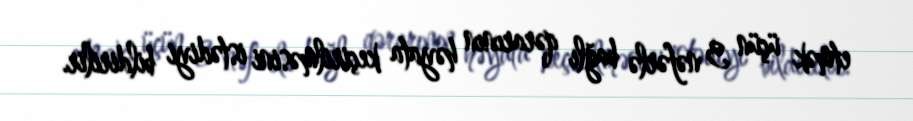
etmək üçün 3 nəfərlə bağlı qərarının həyata keçirilməsini istədiyi bildirilir.